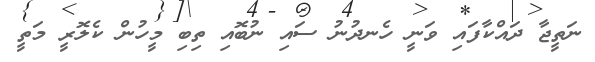
ނަތީޖާ ދައްކާފައި ވަނީ ހެނދުނު ސައި ނުބޮއި ތިބި މީހުން ކެލޮރީ މަތީ